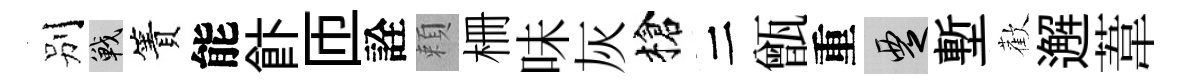
别戰簀能飰匝詮頼栅味灰槍二甑重覂塹歡邂葦